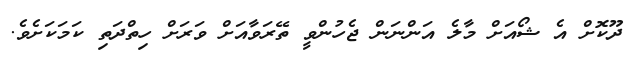
ދޫކޮށް އެ ޝޯއަށް މާލެ އަންނަން ޖެހުންވީ ތޭރަވާއަށް ވަރަށް ހިތްދަތި ކަމަކަށެވެ.